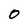
Character: O